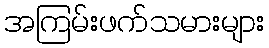
အကြမ်းဖက်သမားများ